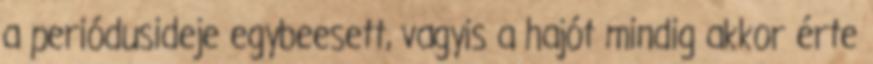
a periódusideje egybeesett, vagyis a hajót mindig akkor érte